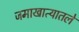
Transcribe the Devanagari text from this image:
जमाखात्यातले